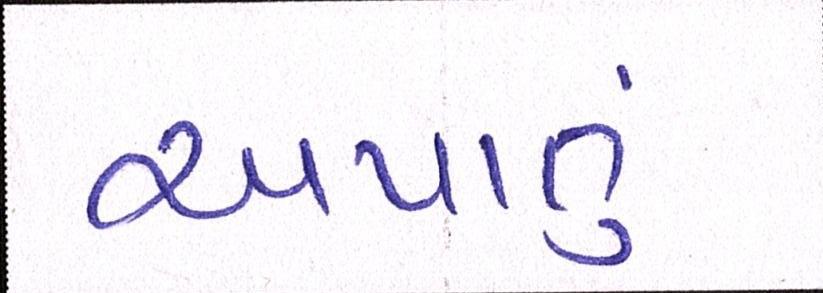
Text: અપાતું